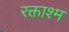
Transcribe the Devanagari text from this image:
रक्ताश्म